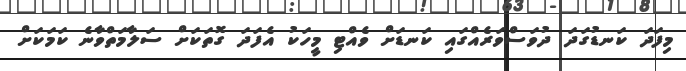
މިފަދަ ކަނޑުގަދަ ދުވަސްވަރެއްގައި ކަނޑަށް ވެއްޓި މީހަކު އެފަދަ ގޮތަކަށް ސަލާމަތްވާނެ ކަމަކަށް